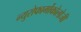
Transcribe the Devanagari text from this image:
न्युरोफार्मोकोलोजी